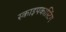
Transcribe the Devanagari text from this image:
स्काइपकास्टिंग